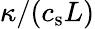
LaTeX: \kappa/(c_{\mathrm{s}}L)